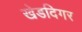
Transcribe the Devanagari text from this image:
खेडदिगर